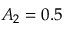
A _ { 2 } = 0 . 5